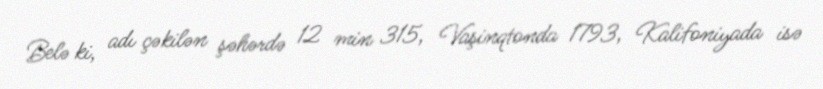
Belə ki, adı çəkilən şəhərdə 12 min 315, Vaşinqtonda 1793, Kalifoniyada isə